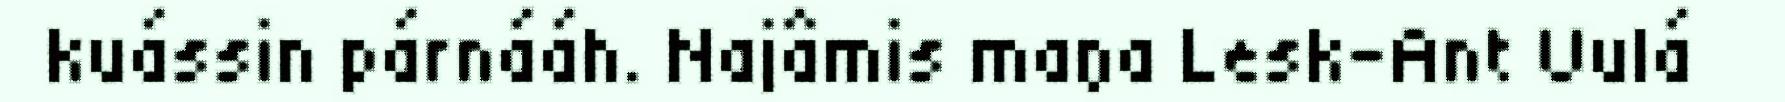
kuássin párnááh. Najâmis maŋa Lesk-Ant Uulá